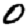
Digit: 0